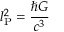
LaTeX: l _ { \mathrm { P } } ^ { 2 } = { \frac { \hbar G } { c ^ { 3 } } }